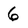
Character: 6